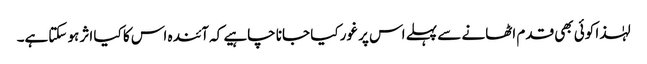
لہٰذا کوئی بھی قدم اٹھانے سے پہلے اس پر غور کیا جانا چاہیے کہ آئندہ اس کا کیا اثر ہو سکتاہے۔